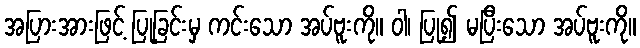
အပြားအားဖြင့် ပြုခြင်းမှ ကင်းသော အပ်ဗူးကို။ ဝါ၊ ပြု၍ မပြီးသော အပ်ဗူးကို။